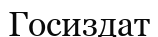
Госиздат